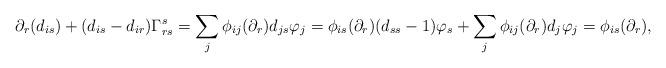
LaTeX: \begin{align*} \partial_r(d_{is})+(d_{is}-d_{ir})\Gamma_{rs}^s=\sum_j\phi_{ij}(\partial_r)d_{js}\varphi_j=\phi_{is}(\partial_r)(d_{ss}-1)\varphi_s+\sum_j\phi_{ij}(\partial_r)d_j\varphi_j=\phi_{is}(\partial_r), \end{align*}